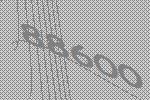
88600